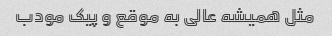
مثل همیشه عالی به موقع و پیک مودب